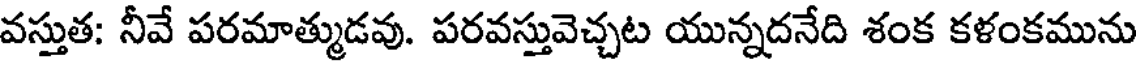
వస్తుత: నీవే పరమాత్ముడవు. పరవస్తువెచ్చట యున్నదనేది శంక కళంకమును